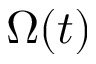
\Omega ( t )